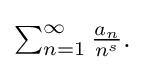
{\textstyle \sum _{n=1}^{\infty }{\frac {a_{n}}{n^{s}}}.}